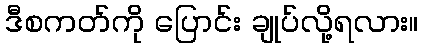
ဒီစကတ်ကို ပြောင်း ချုပ်လို့ရလား။